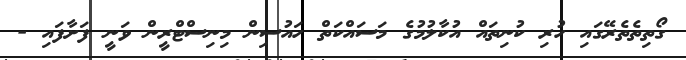
ގޯތިތެތެރޭގައި ހުރި ކުނިތައް އުކާލުމުގެ މަސައްކަތް ހައުސިން މިނިސްޓްރީން ވަނީ ފަށާފައި -